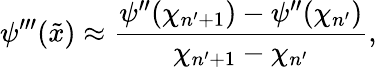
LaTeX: \psi^{\prime\prime\prime}(\tilde{x})\approx\frac{\psi^{\prime\prime}(\chi_{n^{\prime}+1})-\psi^{\prime\prime}(\chi_{n^{\prime}})}{\chi_{n^{\prime}+1}-\chi_{n^{\prime}}},